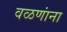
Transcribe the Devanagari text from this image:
वळणांना